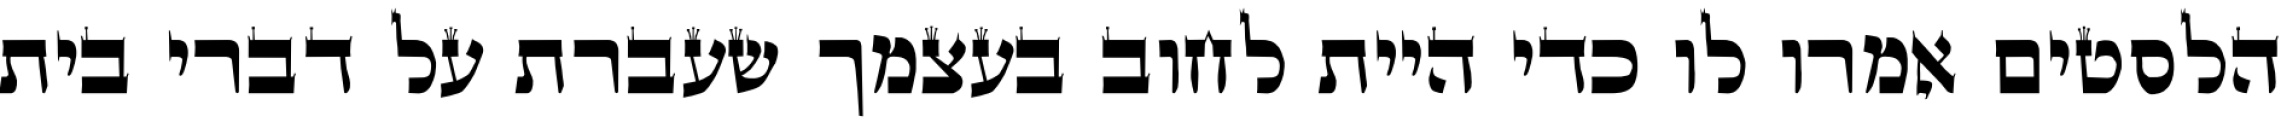
הלסטים אמרו לו כדי היית לחוב בעצמך שעברת על דברי בית